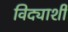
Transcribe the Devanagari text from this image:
विद्याशी